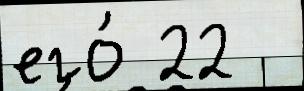
его́ 22